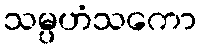
သမ္ပဟံသကော